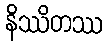
နိဿိတဿ